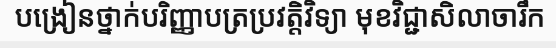
បង្រៀនថ្នាក់បរិញ្ញាបត្រប្រវត្តិវិទ្យា មុខវិជ្ជាសិលាចារឹក